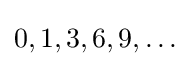
0,1,3,6,9,\dots